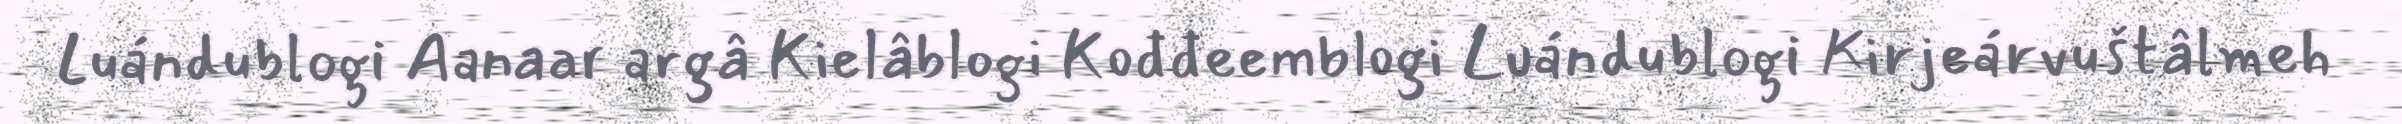
Luándublogi Aanaar argâ Kielâblogi Kođđeemblogi Luándublogi Kirjeárvuštâlmeh